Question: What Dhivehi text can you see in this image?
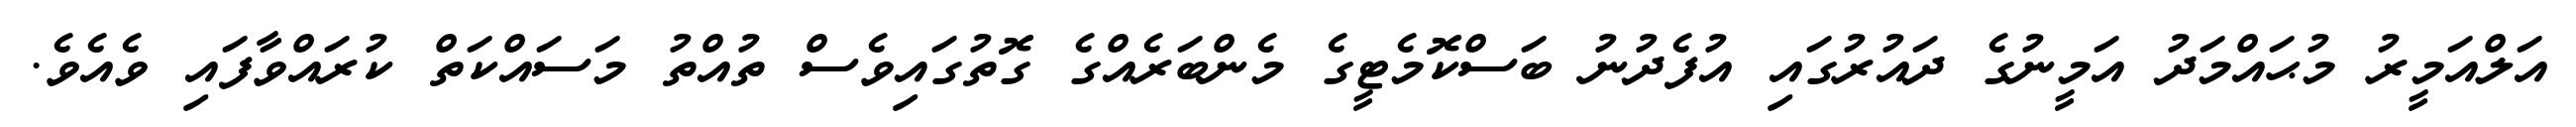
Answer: އަލްއަމީރު މުޙައްމަދު އަމީނުގެ ދައުރުގައި އުފެދުނު ބަސްކޮމެޓީގެ މެންބަރެއްގެ ގޮތުގައިވެސް ތުއްތު މަސައްކަތް ކުރައްވާފައި ވެއެވެ.